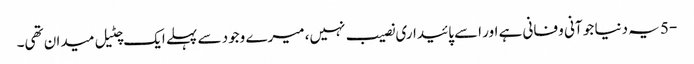
-5 یہ دنیا جو آنی و فانی ہے اور اسے پائیداری نصیب نہیں، میرے وجود سے پہلے ایک چٹیل میدان تھی۔